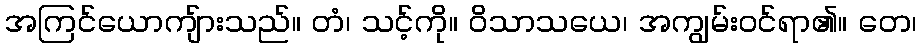
အကြင်ယောကျ်ားသည်။ တံ၊ သင့်ကို။ ဝိသာသယေ၊ အကျွမ်းဝင်ရာ၏။ တေ၊